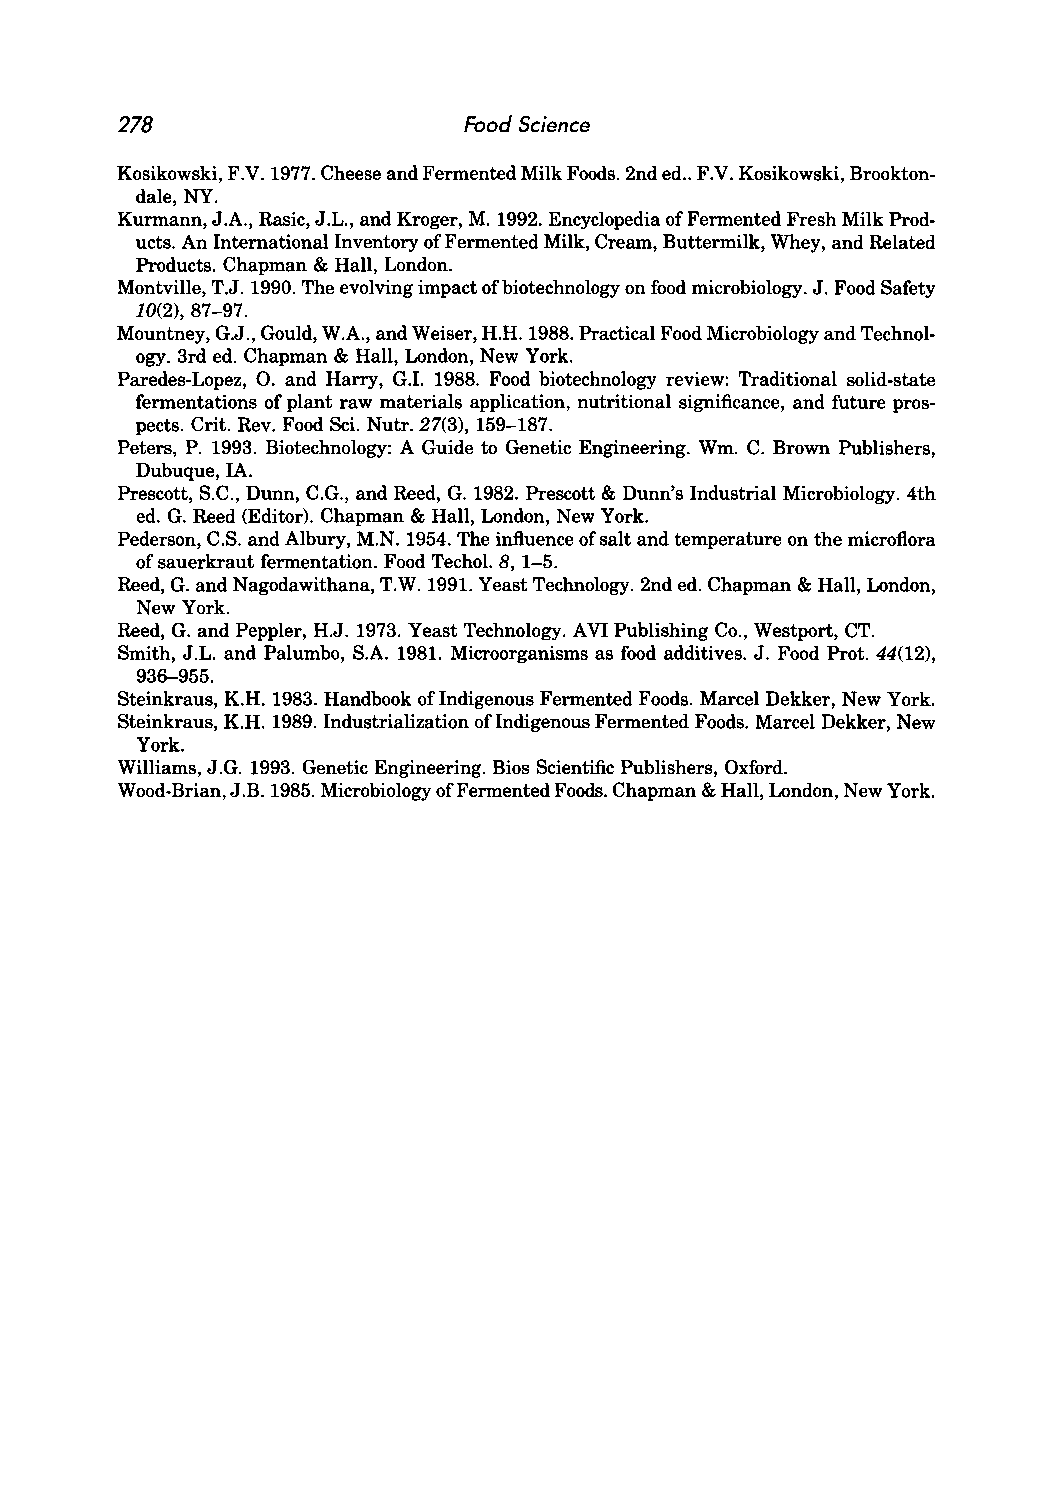
278                    Food Science
 Kosikowski, F.V. 1977. Cheese and Fermented Milk Foods. 2nd ed .. F.V. Kosikowski, Brookton
 dale, NY.
 Kurmann, J.A., Rasic, J.L., and Kroger, M. 1992. Encyclopedia of Fermented Fresh Milk Prod
 ucts. An International Inventory of Fermented Milk, Cream, Buttermilk, Whey, and Related
 Products. Chapman & Hall, London.
 Montville, T.J. 1990. The evolving impact of biotechnology on food microbiology. J. Food Safety
 10(2),87-97.
 Mountney, G.J., Gould, W.A., and Weiser, H.H. 1988. Practical Food Microbiology and Technol
 ogy. 3rd ed. Chapman & Hall, London, New York.
 Paredes-Lopez, O. and Harry, G.!. 1988. Food biotechnology review: Traditional solid-state
 fermentations of plant raw materials application, nutritional significance, and future pros
 pects. Crit. Rev. Food Sci. Nutr. 27(3), 159-187.
 Peters, P. 1993. Biotechnology: A Guide to Genetic Engineering. Wm. C. Brown Publishers,
 Dubuque, IA.
 Prescott, S.C., Dunn, C.G., and Reed, G. 1982. Prescott & Dunn's Industrial Microbiology. 4th
 ed. G. Reed (Editor). Chapman & Hall, London, New York.
 Pederson, C.S. and Albury, M.N. 1954. The influence of salt and temperature on the microflora
 of sauerkraut fermentation. Food Techol. 8, 1-5.
 Reed, G. and Nagodawithana, T.W. 1991. Yeast Technology. 2nd ed. Chapman & Hall, London,
 New York.
 Reed, G. and Peppler, H.J. 1973. Yeast Technology. AVI Publishing Co., Westport, CT.
 Smith, J.L. and Palumbo, S.A. 1981. Microorganisms as food additives. J. Food Prot. 44(12),
 936-955.
 Steinkraus, K.H. 1983. Handbook of Indigenous Fermented Foods. Marcel Dekker, New York.
 Steinkraus, K.H. 1989. Industrialization ofIndigenous Fermented Foods. Marcel Dekker, New
 York.
 Williams, J.G. 1993. Genetic Engineering. Bios Scientific Publishers, Oxford.
 Wood-Brian, J.B. 1985. Microbiology of Fermented Foods. Chapman & Hall, London, New York.